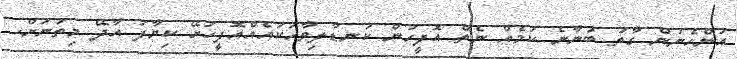
އަންހެނުން ގާތު ބުނާނެ ކަމެއް ނެތް އޮފީހުން ކަނޑާލިވާހަކައެއްއޮފީހަށޭ ކިޔާފަ އާދޭ މިތަނަށް.